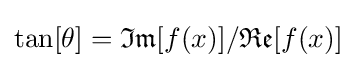
\tan[\theta ]={\mathfrak {Im}}[f(x)]/{\mathfrak {Re}}[f(x)]